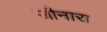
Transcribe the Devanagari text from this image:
जौनारा